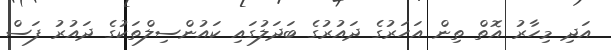
އަދި މިހާރު އޮތް ތިން އަހަރުގެ ދައުރުގެ ބަދަލުގައި ކައުންސިލްތަކުގެ ދައުރު ފަސް